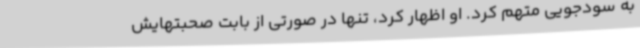
به سودجویی متهم کرد. او اظهار کرد، تنها در صورتی از بابت صحبتهایش